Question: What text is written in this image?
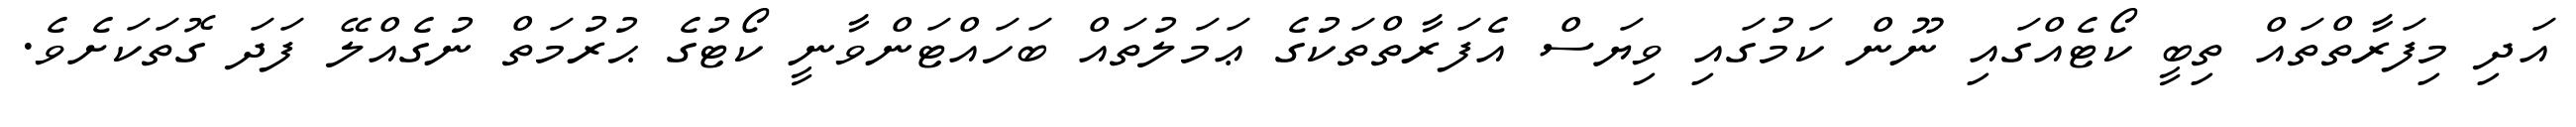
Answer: އަދި މިފަރާތްތައް ތިބީ ކޯޓެއްގައި ނޫން ކަމުގައި ވިޔަސް އެފަރާތްތަކުގެ ޢަމަލުތައް ބަހައްޓަންވާނީ ކޯޓުގެ ޙުރުމަތް ނުގެއްލޭ ފަދަ ގޮތަކަށެވެ.